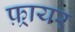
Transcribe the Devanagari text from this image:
फ़्रायर